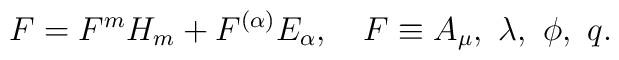
F=F^mH_m+F^{(\alpha)}E_{\alpha},\quad F\equiv A_{\mu},~\lambda,~\phi,~q.